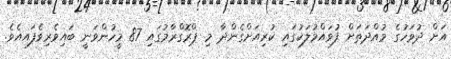
އަށް ދުވަހުގެ މުއްދަތަށް ފުވައްމުލަކުގައި ކުރިއަށްގެންދާ މި ޕްރޮގްރާމުގައި 87 މީހުންވަނީ ބައިވެރިވެފައއެވެ.